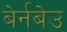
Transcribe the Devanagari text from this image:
बेर्नबेउ